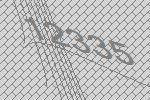
12335